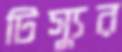
টিস্যুর